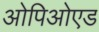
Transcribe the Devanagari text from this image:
ओपिओएड